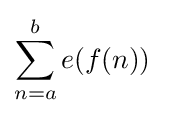
\sum _{n=a}^{b}e(f(n))\